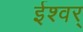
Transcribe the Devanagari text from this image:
ईश्वर्